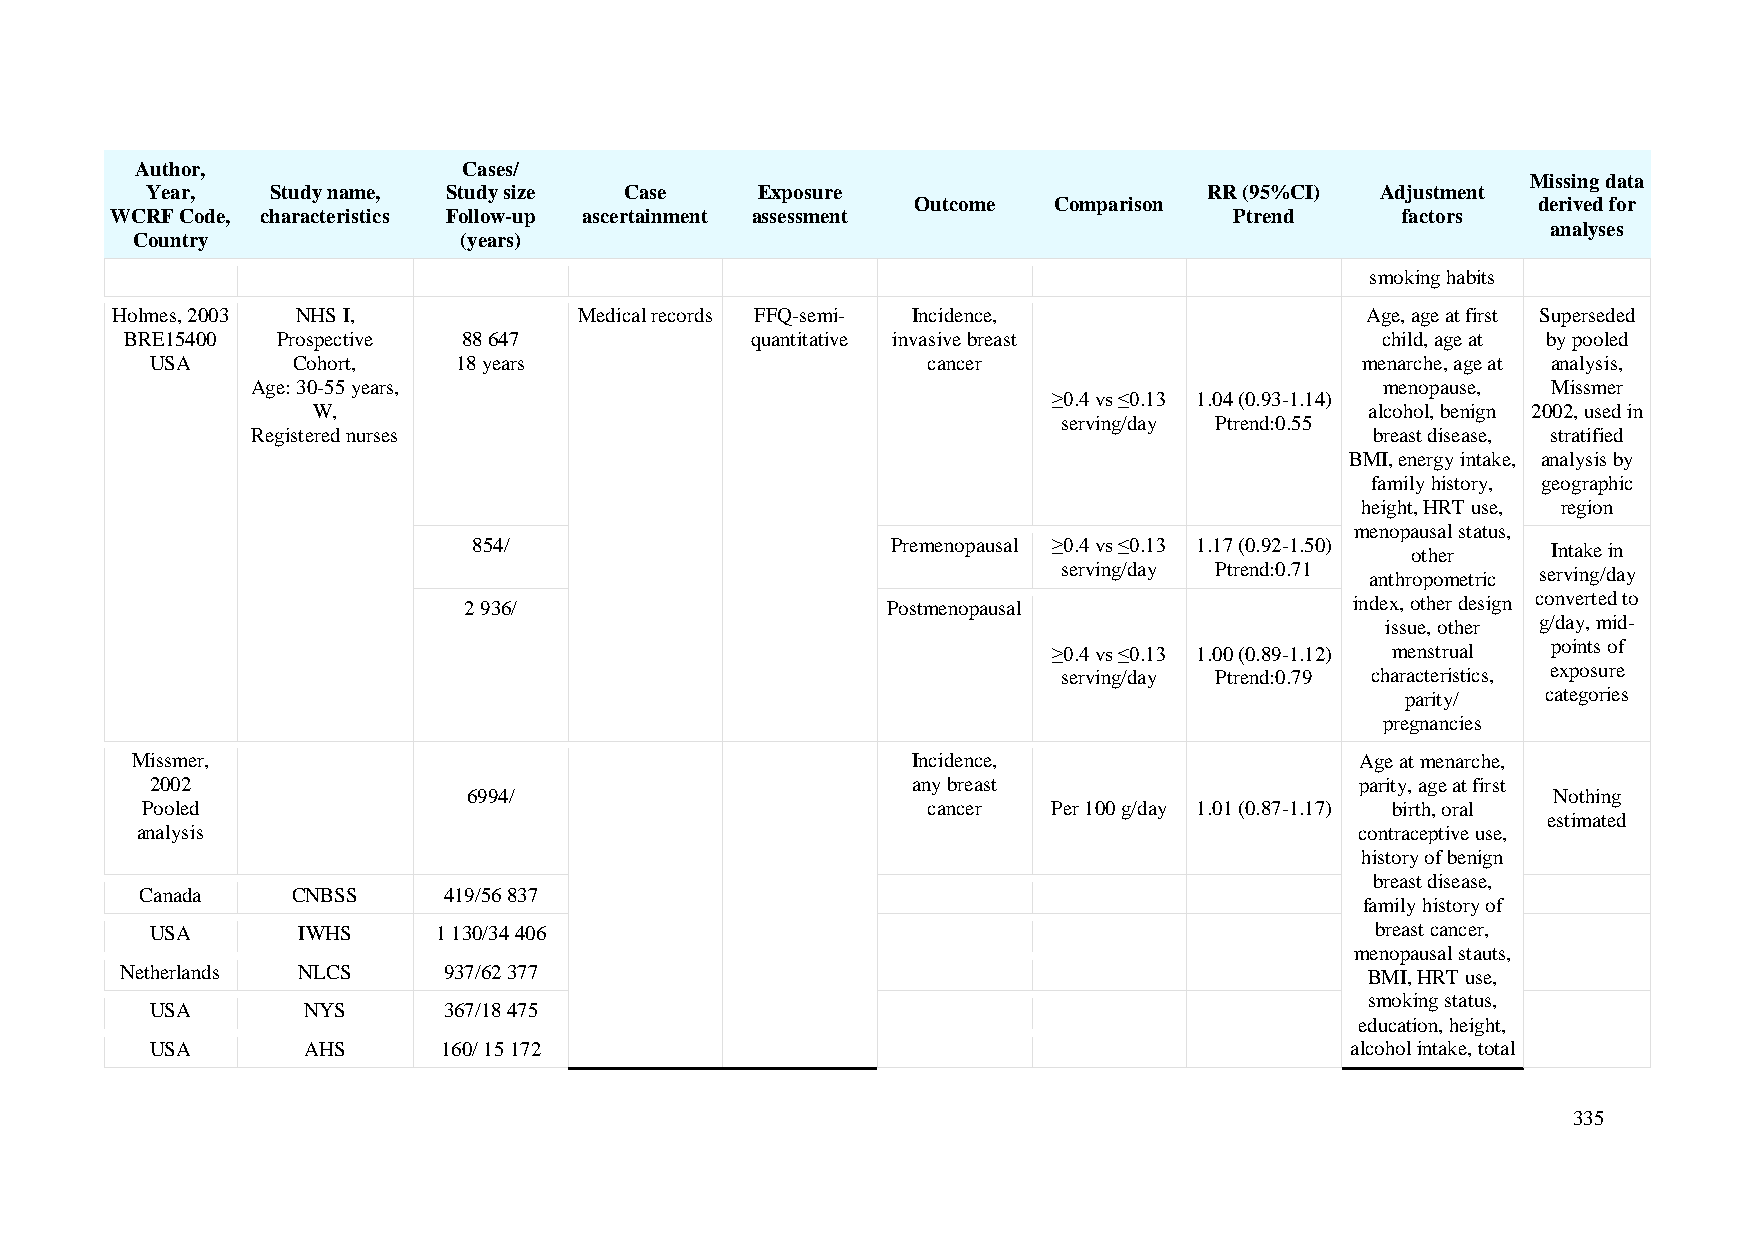
Author,               Cases/
 Missing data
 Year,   Study name, Study size Case     Exposure                      RR (95%CI) Adjustment
 Outcome  Comparison                      derived for
 WCRF Code, characteristics Follow-up ascertainment assessment              Ptrend     factors
 analyses
 Country              (years)
 smoking habits
 Holmes, 2003 NHS I,            Medical records FFQ-semi- Incidence,                Age, age at first Superseded
 BRE15400  Prospective  88 647             quantitative invasive breast             child, age at by pooled
 USA      Cohort,    18 years                       cancer                       menarche, age at analysis,
 Age: 30-55 years,                                                          menopause, Missmer
 ≥0.4 vs ≤0.13 1.04 (0.93-1.14)
 W,                                                                    alcohol, benign 2002, used in
 serving/day Ptrend:0.55
 Registered nurses                                                         breast disease, stratified
 BMI, energy intake, analysis by
 family history, geographic
 height, HRT use, region
 menopausal status,
 854/                        Premenopausal ≥0.4 vs ≤0.13 1.17 (0.92-1.50) other Intake in
 serving/day Ptrend:0.71 anthropometric serving/day
 2 936/                      Postmenopausal                 index, other design converted to
 issue, other g/day, mid-
 ≥0.4 vs ≤0.13 1.00 (0.89-1.12) menstrual points of
 serving/day Ptrend:0.79 characteristics, exposure
 parity/  categories
 pregnancies
 Missmer,                                           Incidence,                    Age at menarche,
 2002                                              any breast                    parity, age at first
 6994/                                                                   Nothing
 Pooled                                              cancer   Per 100 g/day 1.01 (0.87-1.17) birth, oral
 estimated
 analysis                                                                         contraceptive use,
 history of benign
 breast disease,
 Canada    CNBSS     419/56 837
 family history of
 USA       IWHS     1 130/34 406                                                  breast cancer,
 menopausal stauts,
 Netherlands NLCS     937/62 377                                                    BMI, HRT use,
 smoking status,
 USA       NYS      367/18 475
 education, height,
 USA       AHS      160/ 15 172                                                 alcohol intake, total
 335